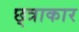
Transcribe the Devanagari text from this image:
छ्त्राकार